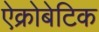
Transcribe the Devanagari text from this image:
ऐक्रोबेटिक